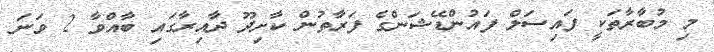
މި މުބާރާތަކީ ފައިސަލް ފައުންޑޭޝަންގެ ފަރާތުން ކާށިދޫ ދާއިރާގައި ބާއްވާ 2 ވަނަ